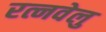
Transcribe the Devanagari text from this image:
रत्नवेलु